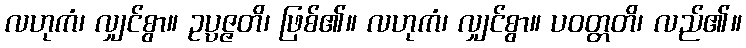
လဟုကံ၊ လျှင်စွာ။ ဥပ္ပဇ္ဇတိ၊ ဖြစ်၏။ လဟုကံ၊ လျှင်စွာ။ ပဝတ္တတိ၊ လည်၏။